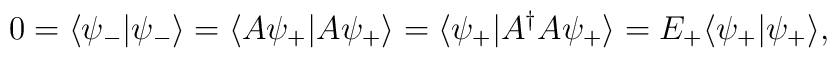
0=\langle\psi_{-}|\psi_{-}\rangle=\langle A\psi_{+}|A\psi_{+}\rangle	=\langle\psi_{+}|A^{\dagger}A\psi_{+}\rangle=E_{+}\langle\psi_{+}|	\psi_{+}\rangle,